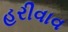
હરીવાવ